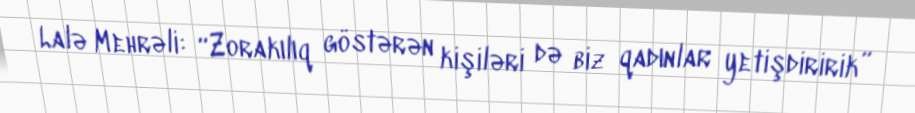
Lalə Mehrəli: “Zorakılıq göstərən kişiləri də biz qadınlar yetişdiririk”